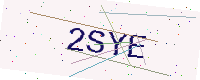
Text: 2SYE